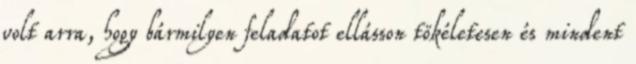
volt arra, hogy bármilyen feladatot ellásson tökéletesen és mindent